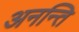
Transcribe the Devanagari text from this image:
अनन्ति